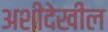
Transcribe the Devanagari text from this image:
अशीदेखील